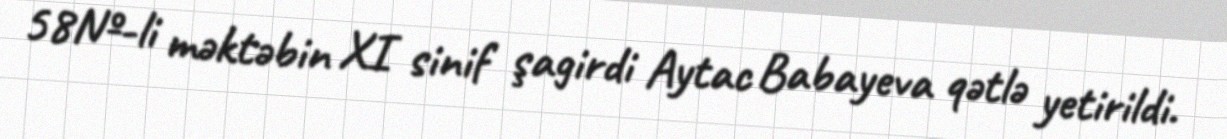
58№-li məktəbin XI sinif şagirdi Aytac Babayeva qətlə yetirildi.